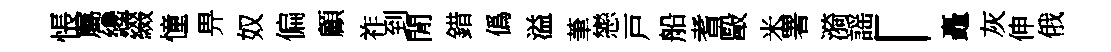
悵屬纔綴憧畀奴偏顧祚到閒錯僞溢茟戀戸船耆毆米署漪謡「矗灰伸俄